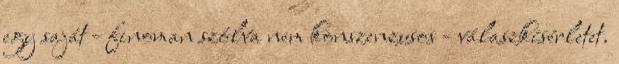
egy saját - finoman szólva nem konszenzusos - válaszkísérletet.